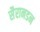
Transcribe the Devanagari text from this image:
सैरानडन